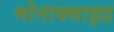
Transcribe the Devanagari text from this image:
मोनाक्साइड